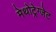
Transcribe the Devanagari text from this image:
मेथोट्रेग्जेट